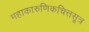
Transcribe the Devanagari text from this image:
महाकारुणिकचित्तसूत्र